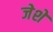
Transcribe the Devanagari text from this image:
जेशे